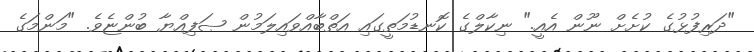
"ދަރިފުޅުގެ ކުށެށް ނޫން އެއީ." ނިކާލްގެ ކޮނޑުމަތީގައި އަތްބާއްވައިލަމުން ޞަފިއްޔާ ބުންޏެވެ. "މަންމަގެ